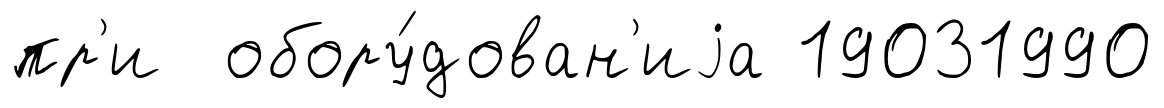
пр'и обору́дован'иjа 19031990